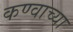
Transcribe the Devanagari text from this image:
कण्वाच्या